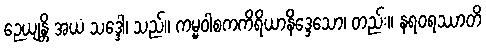
ဉေယျန္တိ အယံ သဒ္ဒေါ၊ သည်။ ကမ္မဝါစကကိရိယာနိဒ္ဒေသော၊ တည်း။ နရဝရဿာတိ